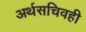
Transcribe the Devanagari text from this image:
अर्थसचिवही